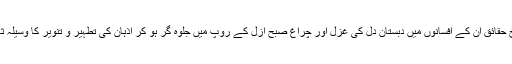
زندگی کے تلخ حقائق ان کے افسانوں میں دبستان دل کی غزل اور چراغ صبح ازل کے روپ میں جلوہ گر ہو کر اذہان کی تطہیر و تنویر کا وسیلہ ثابت ہوتے ہیں۔